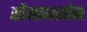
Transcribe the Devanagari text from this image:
सौभाग्ययोग